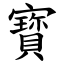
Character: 寳